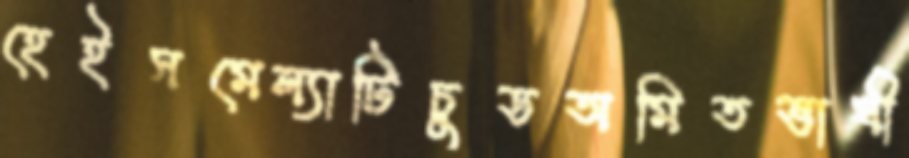
হেইসমেল্যাটিচুডঅমিতভাষী